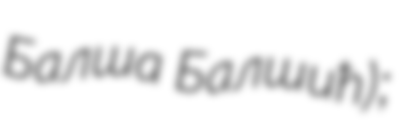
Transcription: Балша Балшић);